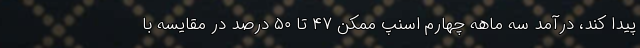
پیدا کند، درآمد سه ماهه چهارم اسنپ ممکن ۴۷ تا ۵۰ درصد در مقایسه با